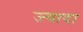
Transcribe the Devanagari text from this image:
ज्यादा